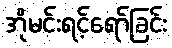
အိုမင်းရင့်ရော်ခြင်း